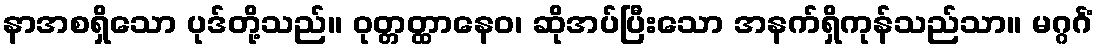
နာအစရှိသော ပုဒ်တို့သည်။ ဝုတ္တတ္ထာနေဝ၊ ဆိုအပ်ပြီးသော အနက်ရှိကုန်သည်သာ။ မဂ္ဂင်္ဂံ